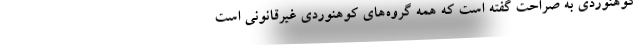
کوهنوردی به صراحت گفته است که همه گروه‌های کوهنوردی غیرقانونی است